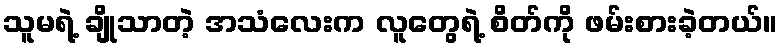
သူမရဲ့ ချိုသာတဲ့ အသံလေးက လူတွေရဲ့ စိတ်ကို ဖမ်းစားခဲ့တယ်။